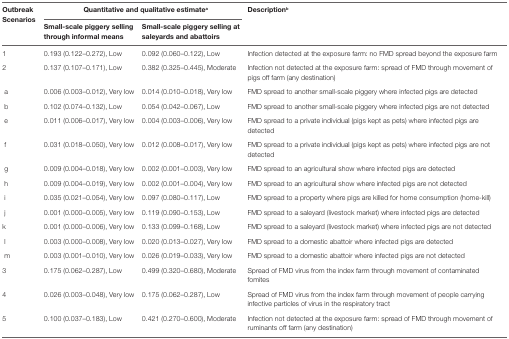
<table><thead><tr><td rowspan="2"><b>Outbreak Scenarios</b></td><td colspan="2"><b>Quantitative and qualitative estimate<sup>a</sup></b></td><td rowspan="2"><b>Description<sup>b</sup></b></td></tr><tr><td><b>Small-scale piggery selling through informal means</b></td><td><b>Small-scale piggery selling at saleyards and abattoirs</b></td></tr></thead><tbody><tr><td>1</td><td>0.193 (0.122–0.272), Low</td><td>0.092 (0.060–0.122), Low</td><td>Infection detected at the exposure farm: no FMD spread beyond the exposure farm</td></tr><tr><td>2</td><td>0.137 (0.107–0.171), Low</td><td>0.382 (0.325–0.445), Moderate</td><td>Infection not detected at the exposure farm: spread of FMD through movement of pigs off farm (any destination)</td></tr><tr><td>a</td><td>0.006 (0.003–0.012), Very low</td><td>0.014 (0.010–0.018), Very low</td><td>FMD spread to another small-scale piggery where infected pigs are detected</td></tr><tr><td>b</td><td>0.102 (0.074–0.132), Low</td><td>0.054 (0.042–0.067), Low</td><td>FMD spread to another small-scale piggery where infected pigs are not detected</td></tr><tr><td>e</td><td>0.011 (0.006–0.017), Very low</td><td>0.004 (0.003–0.006), Very low</td><td>FMD spread to a private individual (pigs kept as pets) where infected pigs are detected</td></tr><tr><td>f</td><td>0.031 (0.018–0.050), Very low</td><td>0.012 (0.008–0.017), Very low</td><td>FMD spread to a private individual (pigs kept as pets) where infected pigs are not detected</td></tr><tr><td>g</td><td>0.009 (0.004–0.018), Very low</td><td>0.002 (0.001–0.003), Very low</td><td>FMD spread to an agricultural show where infected pigs are detected</td></tr><tr><td>h</td><td>0.009 (0.004–0.019), Very low</td><td>0.002 (0.001–0.004), Very low</td><td>FMD spread to an agricultural show where infected pigs are not detected</td></tr><tr><td>i</td><td>0.035 (0.021–0.054), Very low</td><td>0.097 (0.080–0.117), Low</td><td>FMD spread to a property where pigs are killed for home consumption (home-kill)</td></tr><tr><td>j</td><td>0.001 (0.000–0.005), Very low</td><td>0.119 (0.090–0.153), Low</td><td>FMD spread to a saleyard (livestock market) where infected pigs are detected</td></tr><tr><td>k</td><td>0.001 (0.000–0.006), Very low</td><td>0.133 (0.099–0.168), Low</td><td>FMD spread to a saleyard (livestock market) where infected pigs are not detected</td></tr><tr><td>l</td><td>0.003 (0.000–0.008), Very low</td><td>0.020 (0.013–0.027), Very low</td><td>FMD spread to a domestic abattoir where infected pigs are detected</td></tr><tr><td>m</td><td>0.003 (0.001–0.010), Very low</td><td>0.026 (0.019–0.033), Very low</td><td>FMD spread to a domestic abattoir where infected pigs are not detected</td></tr><tr><td>3</td><td>0.175 (0.062–0.287), Low</td><td>0.499 (0.320–0.680), Moderate</td><td>Spread of FMD virus from the index farm through movement of contaminated fomites</td></tr><tr><td>4</td><td>0.026 (0.003–0.048), Very low</td><td>0.175 (0.062–0.287), Low</td><td>Spread of FMD virus from the index farm through movement of people carrying infective particles of virus in the respiratory tract</td></tr><tr><td>5</td><td>0.100 (0.037–0.183), Low</td><td>0.421 (0.270–0.600), Moderate</td><td>Infection not detected at the exposure farm: spread of FMD through movement of ruminants off farm (any destination)</td></tr></tbody></table>